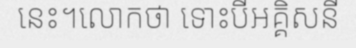
នេះ។លោកថា ទោះបីអគ្គិសនី